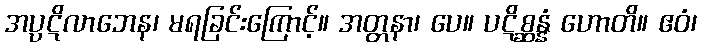
အပ္ပဋိလာဘေန၊ မရခြင်းကြောင့်။ အတ္တနာ၊ ပေ။ ပဋိစ္ဆန္နံ ဟောတိ။ ဧဝံ၊